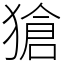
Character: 獊